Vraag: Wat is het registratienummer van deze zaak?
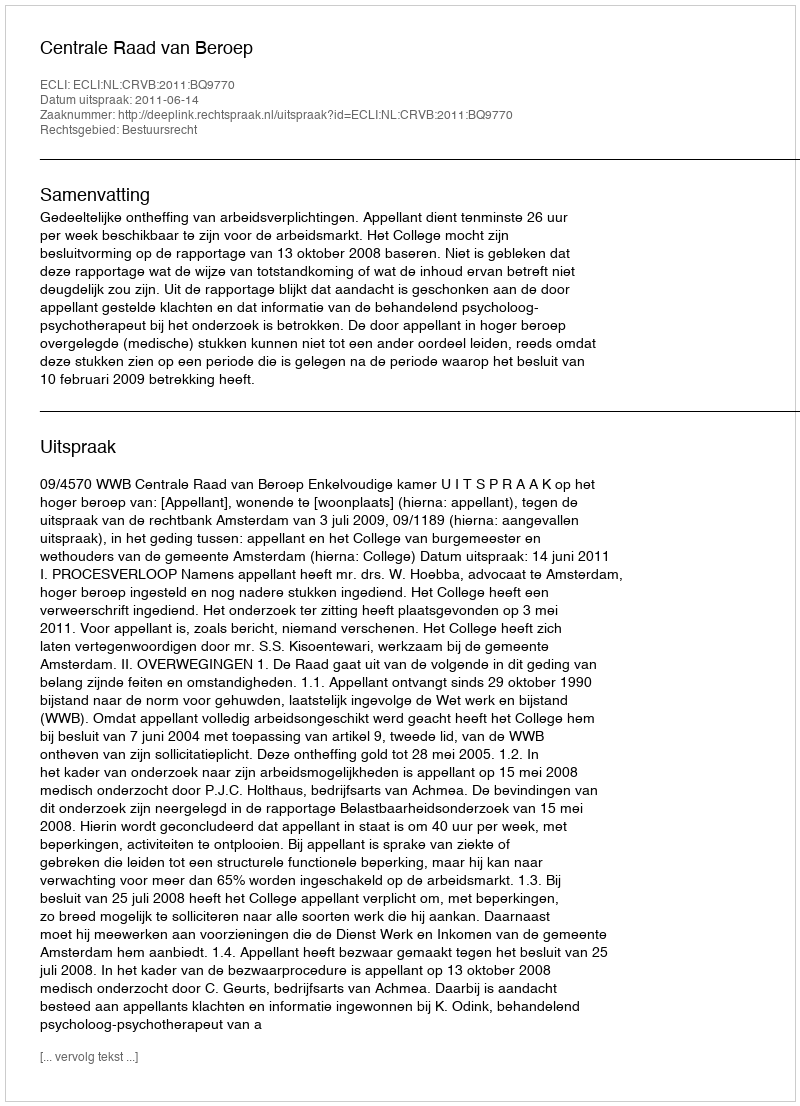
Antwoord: http://deeplink.rechtspraak.nl/uitspraak?id=ECLI:NL:CRVB:2011:BQ9770